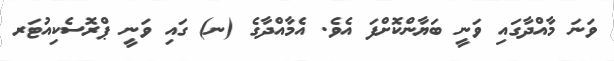
ވަނަ މާއްދާގައި ވަނީ ބަޔާންކޮށްފަ އެވެ. އެމާއްދާގެ (ނ) ގައި ވަނީ ޕްރޮސެކިއުޓަރ